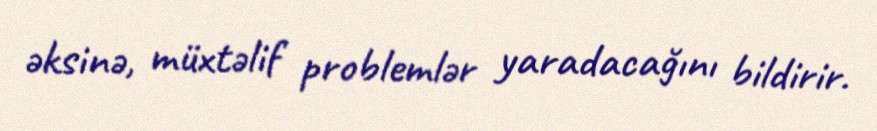
əksinə, müxtəlif problemlər yaradacağını bildirir.